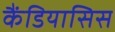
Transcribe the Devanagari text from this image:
कैंडियासिस